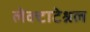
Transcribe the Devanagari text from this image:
लेक्टाटेश्नल